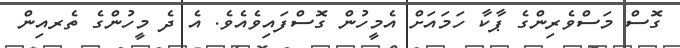
ގޮސް މަސްވެރިންގެ ޕާކާ ހަމައަށް އެމީހުން ގޮސްފައިވެއެވެ. އެ ދެ މީހުންގެ ތެރއިން